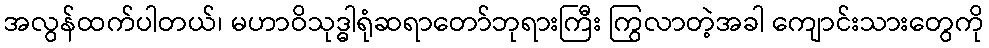
အလွန်ထက်ပါတယ်၊ မဟာဝိသုဒ္ဓါရုံဆရာတော်ဘုရားကြီး ကြွလာတဲ့အခါ ကျောင်းသားတွေကို